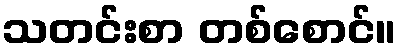
သတင်းစာ တစ်စောင်။